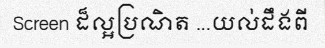
Screen ដ៏ល្អប្រណិត ...យល់ដឹងពី